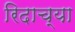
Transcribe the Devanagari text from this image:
रिदाच्या